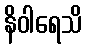
နိဝါရေသိ